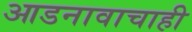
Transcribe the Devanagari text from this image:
आडनावाचाही